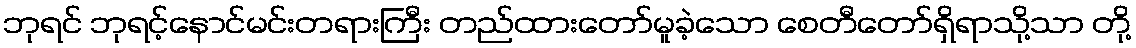
ဘုရင် ဘုရင့်နောင်မင်းတရားကြီး တည်ထားတော်မူခဲ့သော စေတီတော်ရှိရာသို့သာ တို့